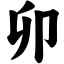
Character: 卯